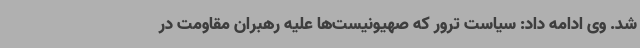
شد. وی ادامه داد: سیاست ترور که صهیونیست‌ها علیه رهبران مقاومت در